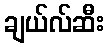
ချယ်လ်ဆီး